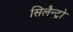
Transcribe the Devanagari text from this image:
सिलैन्ट्रो